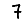
Digit: 7